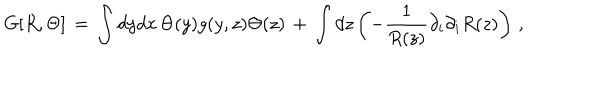
G [ R , \Theta ] \, = \, \int d y d x \, \Theta ( y ) g ( y , z ) \Theta ( z ) \, + \, \int d z \left( - { \frac { 1 } { R ( z ) } } \partial _ { i } \partial _ { i } R ( z ) \right) \, ,